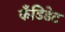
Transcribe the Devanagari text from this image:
कँडिडेट